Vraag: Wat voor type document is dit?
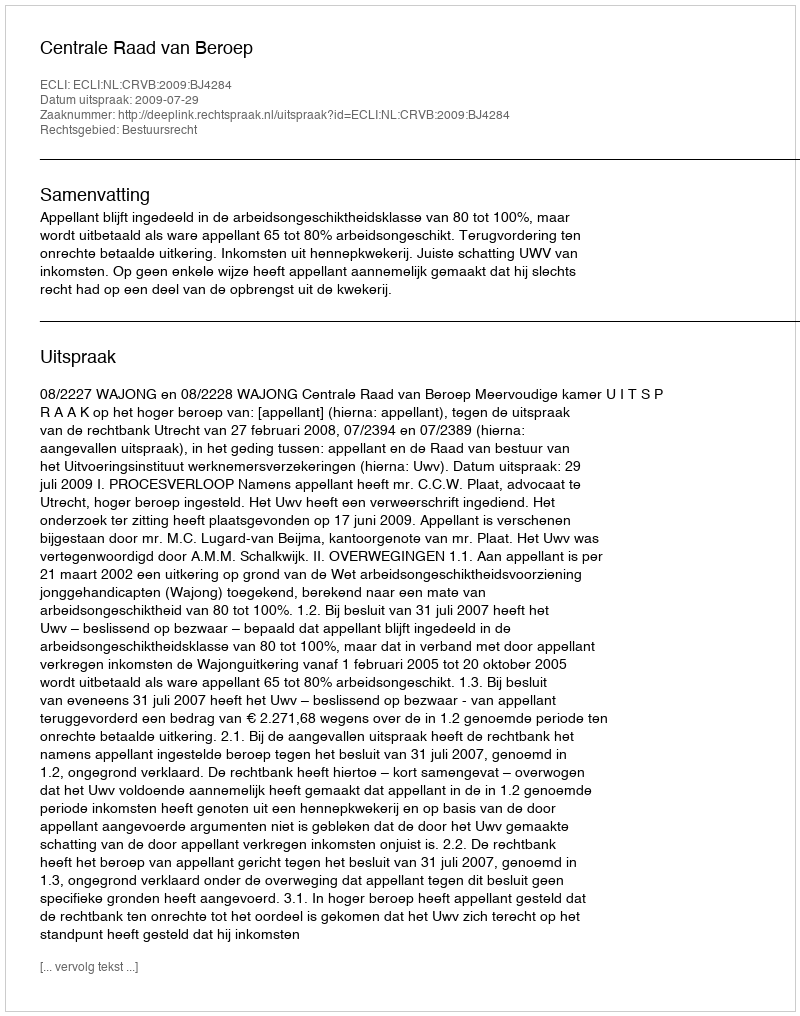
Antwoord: Uitspraak